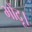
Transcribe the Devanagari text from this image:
भोंदू।